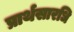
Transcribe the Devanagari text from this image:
प्रार्थसारधि